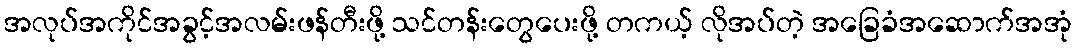
အလုပ်အကိုင်အခွင့်အလမ်းဖန်တီးဖို့ သင်တန်းတွေပေးဖို့ တကယ့် လိုအပ်တဲ့ အခြေခံအဆောက်အအုံ